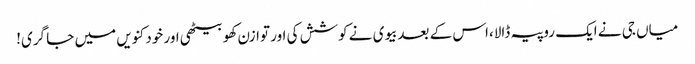
میاں جی نے ایک روپیہ ڈالا،اس کے بعدبیوی نے کوشش کی اور توازن کھو بیٹھی اور خود کنویں میں جا گری!